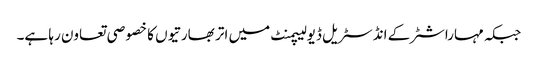
جبکہ مہاراشٹرکے انڈسٹریل ڈیولیپمنٹ میں اتر بھارتیوں کا خصو صی تعاون رہا ہے۔